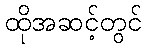
ထိုအဆင့်တွင်